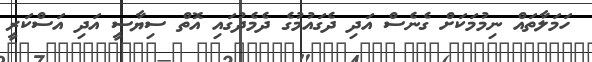
ހަމަލާތައް ނިމުމަކަށް ގެނެސް އަދި ދެގައުމުގެ ދެމެދުގައި އޮތް ސިޔާސީ އަދި އަސްކަރީ